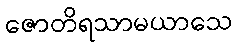
ဇောတိရသာမယာသေ